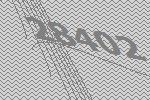
28402